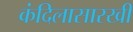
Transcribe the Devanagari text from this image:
कंदिलासारखी